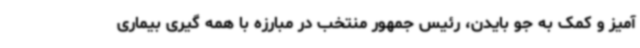
آمیز و کمک به جو بایدن، رئیس جمهور منتخب در مبارزه با همه گیری بیماری